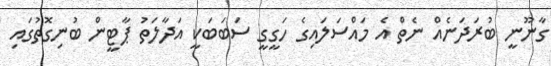
ގާނޫނީ ބުރަދަނެއް ނެތް އެ މައްސަލައިގެ ހަގީގީ ސަބަބަކީ އަދާލަތު ޕާޓީން ބުނިގޮތުގައި